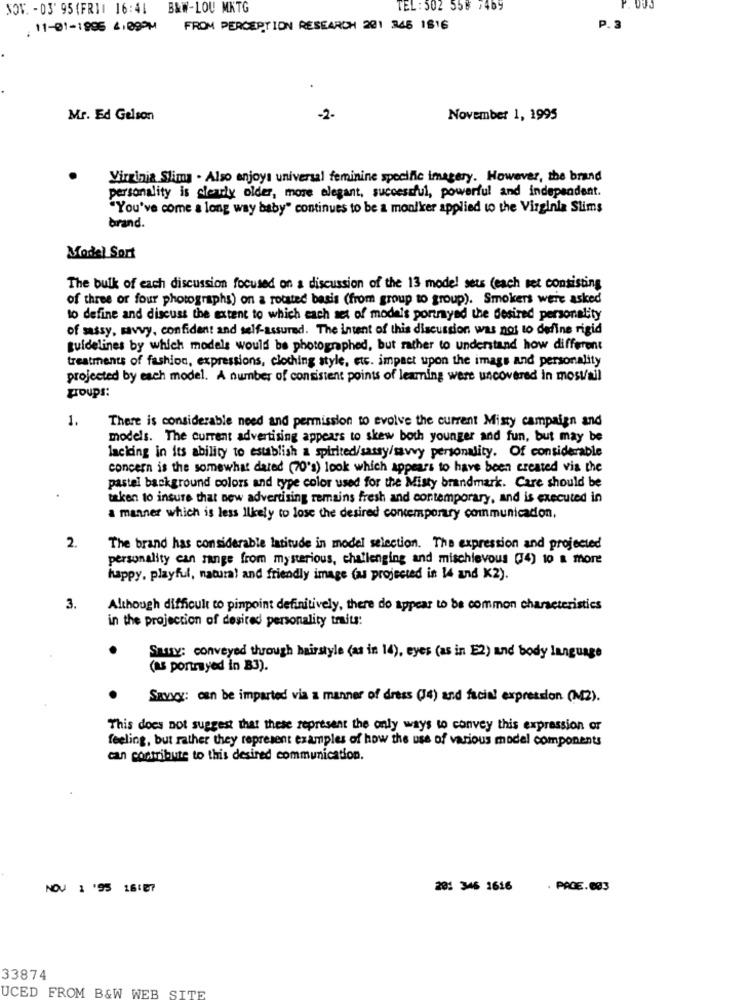
SOV. - 03' 95 (FRII 16:41 B&W-LOU MKTG
TEL:502 558 7469
.11-01-1995 4:09PM FROM PERCEPTION RESEARCH 201 346 1616
P. 3
Mr. Ed Gelson
-2.
November 1, 1995
Virginia Slima . Also enjoy: universal feminine specific imagery. However, the brand
personality is clearly older, more elegant, successful, powerful and independent.
"You've come a long way baby" continues to be a moulker applied to the Virginia Slims
brand.
Model Sort
The bulk of each discussion focused on a discussion of the 13 model sets (each net consisting
of three or four photographs) on a rotated basis (from group to group). Smokers were asked
to define and discuss the extent to which each set of models portrayed the desired personality
of sassy, savvy, confident and self-assured. The intent of this discussion was not to define rigid
guidelines by which models would be photographed, but rather to understand how different
treatments of fashion, expressions, clothing style, etc. impact upon the imags and personality
projected by each model. A number of consistent points of leaming were uncovered in mosvail
groups:
1.
There is considerable need and permission to evolve the current Misty campaign and
models. The current advertising appears to skew both younger and fun, but may be
lacking in its ability to establish a spirited/satay/savvy personality. Of considerable
concern is the somewhat dated (70's) look which appears to have been created via the
pastel background colors and type color used for the Misty brandmark. Care should be
taken to insure that new advertising remains fresh and contemporary, and is executed in
a manner which is less likely to lose the desired contemporary communicadon.
2.
The brand has considerable latitude in model selection. The expression and projected
personality can range from mysterious, challenging and mischievous (4) to a more
happy, playful, natural and friendly image (as projected in 14 and K2).
3.
Although difficult to pinpoint definitively, there do appear to be common characteristics
in the projection of desired personality traits:
Shuy: conveyed through hairstyle (as in 14), eyes (as in E2) and body language
(as ponnyed in B3).
Savvy: can be imparted via a manner of dress (Je) and facial expression (M2).
This does not suggest that these represent the only ways to convey this expression or
feeling, but rather they represent examples of how the use of various model components
can contribute to this desired communication.
NOV 1 '95 16:07
201 346 1616
. PAGE.693
33874
UCED FROM B&W WEB SITE